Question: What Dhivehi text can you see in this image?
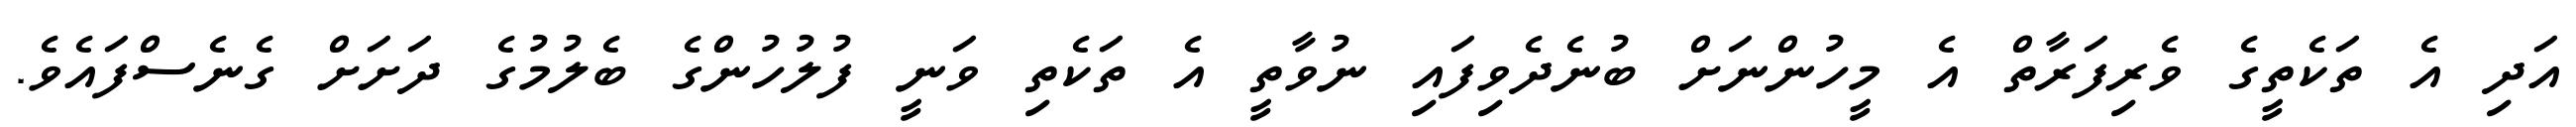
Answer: އަދި އެ ތަކެތީގެ ވެރިފަރާތް އެ މީހުންނަށް ބުނެދެވިފައި ނުވާތީ އެ ތަކެތި ވަނީ ފުލުހުންގެ ބެލުމުގެ ދަށަށް ގެނެސްފައެވެ.